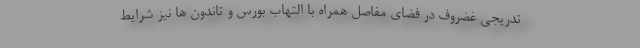
تدریجی غضروف در فضای مفاصل همراه با التهاب بورس و تاندون ها نیز شرایط